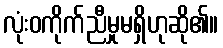
လုံးဝကိုက်ညီမှုမရှိဟုဆို၏။